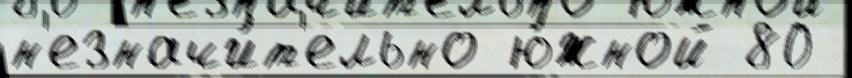
н'езначи́т'ельно ю́жной 80